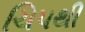
ચિપથી